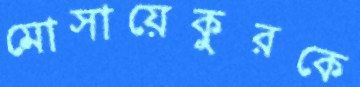
মোসায়েকুরকে